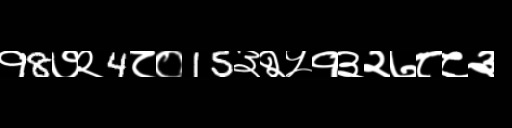
Text: १8७२4८०15३२५१३२७८८३